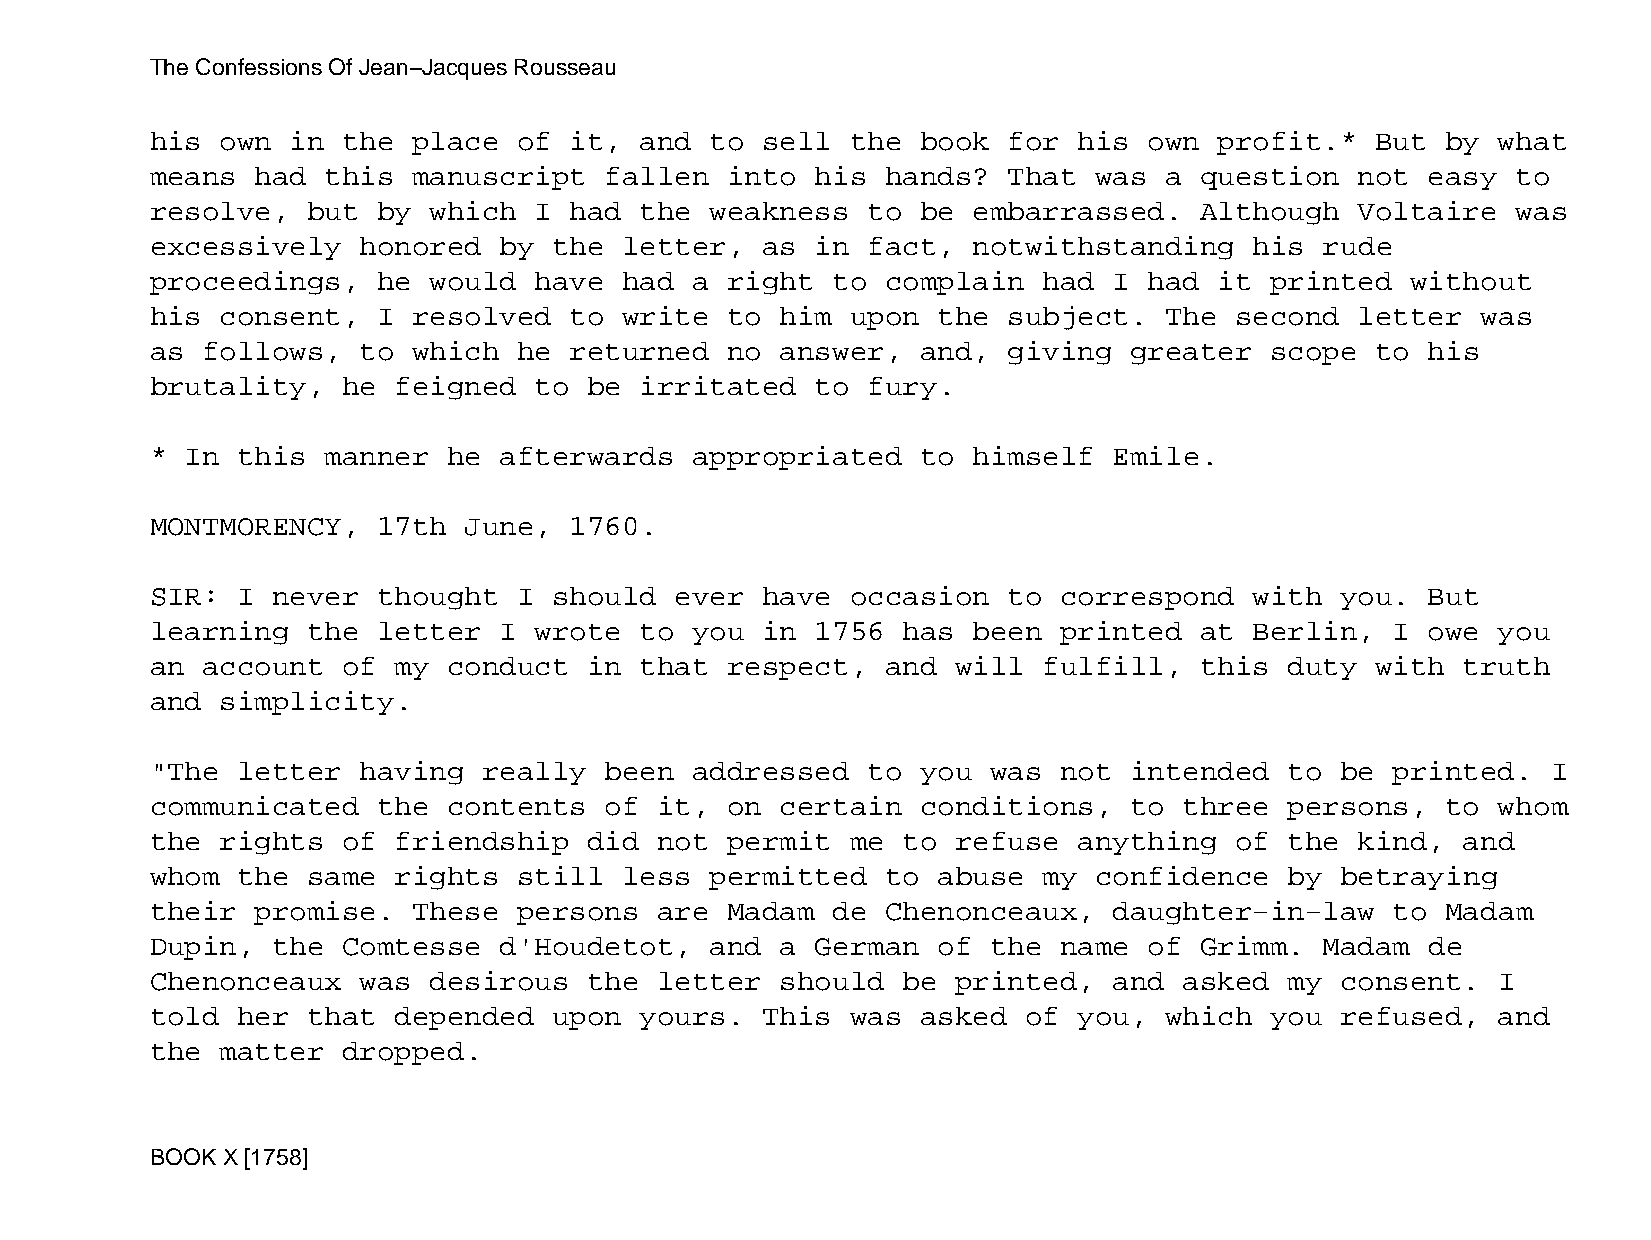
The Confessions Of Jean−Jacques Rousseau
 his  own in  the place  of  it, and  to sell  the  book  for his  own  profit.*  But  by what
 means  had  this manuscript   fallen  into  his  hands?  That was  a question   not  easy to
 resolve,  but  by which  I  had the  weakness  to  be embarrassed.   Although   Voltaire  was
 excessively   honored  by  the letter,  as  in fact,  notwithstanding    his  rude
 proceedings,   he would  have  had  a right  to  complain  had  I had  it printed  without
 his  consent,  I resolved   to write  to  him upon  the  subject.  The  second  letter  was
 as follows,   to which  he  returned  no  answer,  and,  giving  greater  scope  to  his
 brutality,   he feigned  to  be irritated   to fury.
 * In  this  manner  he afterwards   appropriated   to himself   Emile.
 MONTMORENCY,   17th  June,  1760.
 SIR:  I never  thought  I  should  ever have  occasion   to correspond   with  you.  But
 learning  the  letter  I wrote  to  you in  1756  has been  printed  at  Berlin,  I  owe you
 an account   of my  conduct  in that  respect,   and will  fulfill,  this  duty  with  truth
 and  simplicity.
 "The  letter  having  really  been  addressed  to  you  was not  intended  to  be printed.   I
 communicated   the  contents  of  it, on  certain  conditions,   to three  persons,   to whom
 the  rights  of friendship   did  not permit  me  to refuse  anything   of the  kind,  and
 whom  the same  rights  still  less  permitted   to abuse  my confidence   by  betraying
 their  promise.  These  persons   are Madam  de  Chenonceaux,   daughter−in−law   to  Madam
 Dupin,  the  Comtesse  d'Houdetot,   and  a German  of  the name  of Grimm.   Madam  de
 Chenonceaux   was desirous   the  letter  should  be printed,   and asked  my  consent.  I
 told  her that  depended   upon yours.  This  was  asked  of you,  which  you  refused,  and
 the  matter  dropped.
 BOOK X [1758]